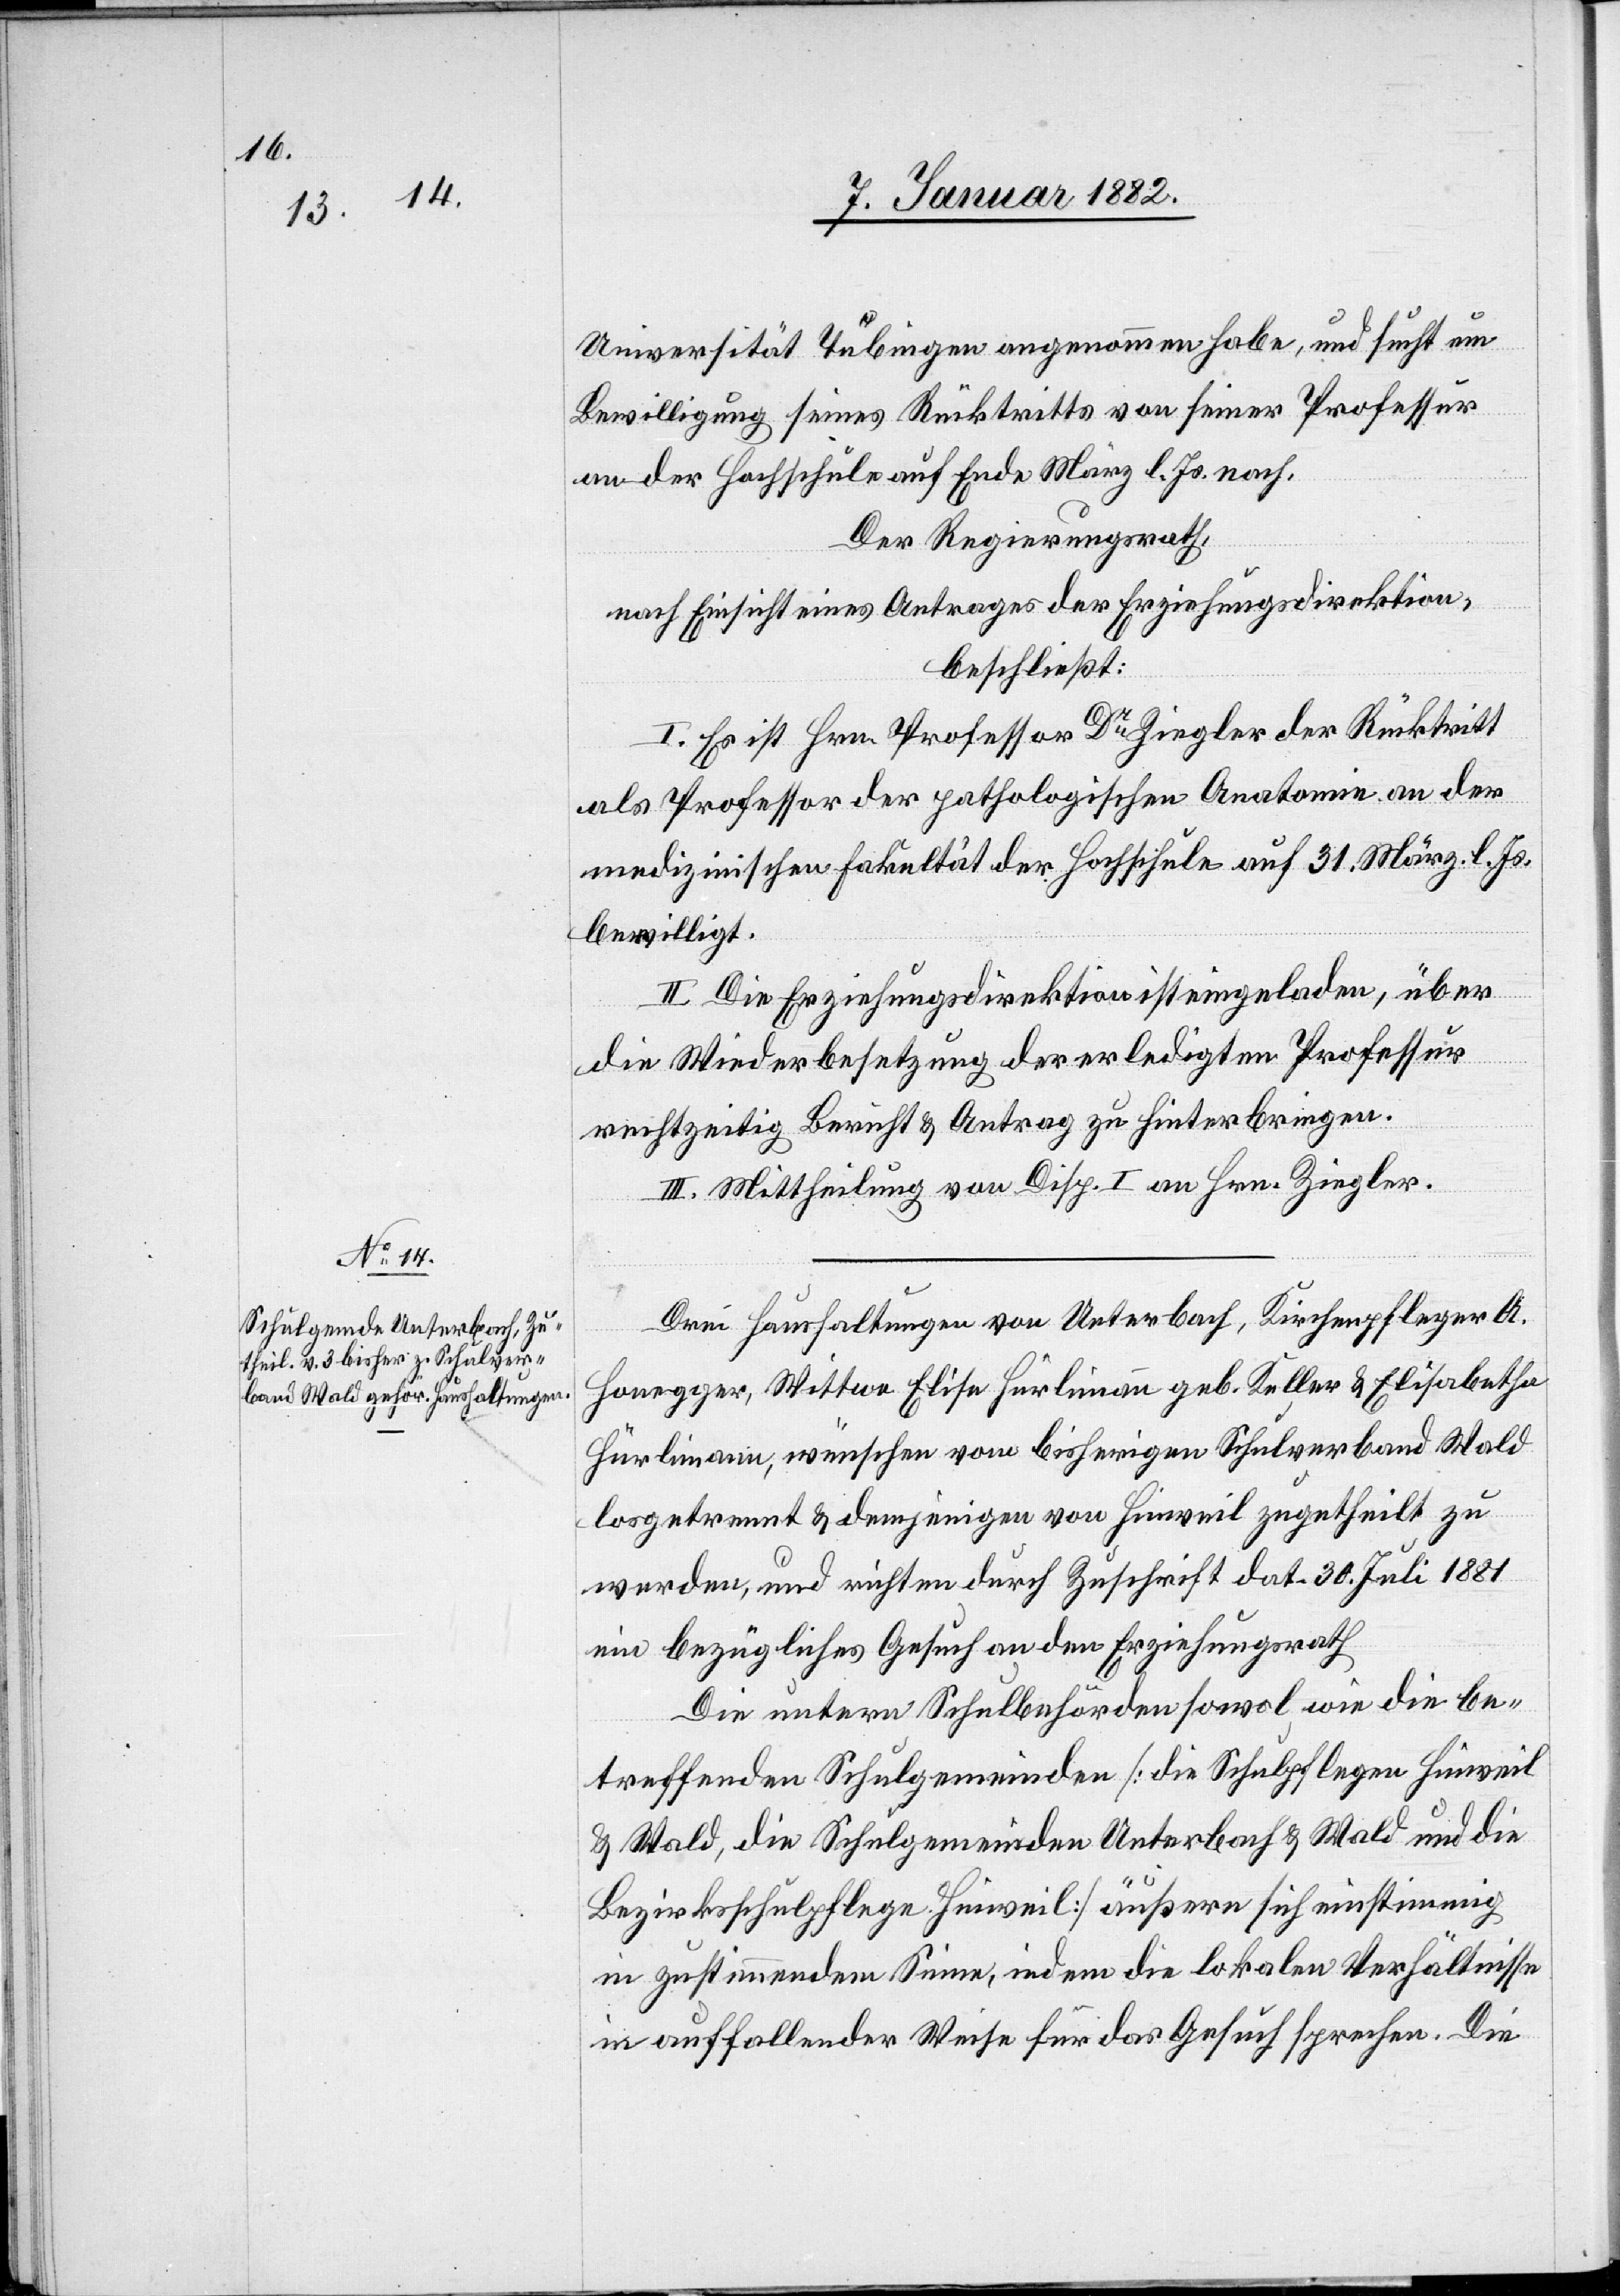
Universität Tübingen angenommen habe, und sucht um
Bewilligung seines Rücktritts von seiner Professur
an der Hochschule auf Ende März l. Js. nach.
Der Regierungsrath,
nach Einsicht eines Antrages der Erziehungsdirektion,
beschließt:
I. Es ist Hrn. Professor Dr Ziegler der Rücktritt
als Professor der pathologischen Anatomie an der
medizinischen Fakultät der Hochschule auf 31. März l. Js.
bewilligt.
II. Die Erziehungsdirektion ist eingeladen, über
die Wiederbesetzung der erledigten Professur
rechtzeitig Bericht & Antrag zu hinterbringen.
III. Mittheilung von Disp. I an Hrn. Ziegler.
Drei Haushaltungen von Unterbach, Kirchenpfleger A.
Honegger, Wittwe Elise Hürlimann geb. Keller & Elisabetha
Hürlimann, wünschen vom bisherigen Schulverband Wald
losgetrennt & demjenigen von Hinweil zugetheilt zu
werden, und richten durch Zuschrift dat. 30. Juli 1881
ein bezügliches Gesuch an den Erziehungsrath[.]
Die untern Schulbehörden sowol wie die be¬
treffenden Schulgemeinden [die Schulpflegen Hinweil
& Wald, die Schulgemeinden Unterbach & Wald und die
Bezirksschulpflege Hinweil] äußern sich einstimmig
in zustimmenden Sinne, indem die lokalen Verhältnisse
in auffallender Weise für das Gesuch sprechen. Die